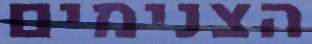
הצנימים